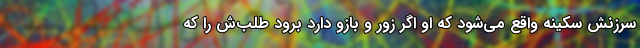
سرزنش سکینه واقع می‌شود که او اگر زور و بازو دارد برود طلب‌ش را که